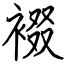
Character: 裰